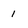
Character: 1